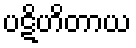
ပဋိဟိတာယ